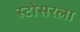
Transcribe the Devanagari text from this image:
स्टोसरला